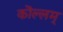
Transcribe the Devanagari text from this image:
कॊल्लम्